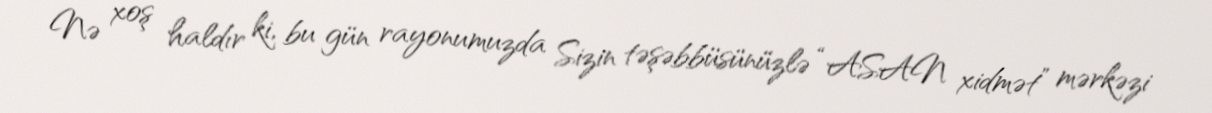
Nə xoş haldır ki, bu gün rayonumuzda Sizin təşəbbüsünüzlə “ASAN xidmət” mərkəzi